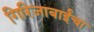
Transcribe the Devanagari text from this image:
गिरिजाबाईंचा